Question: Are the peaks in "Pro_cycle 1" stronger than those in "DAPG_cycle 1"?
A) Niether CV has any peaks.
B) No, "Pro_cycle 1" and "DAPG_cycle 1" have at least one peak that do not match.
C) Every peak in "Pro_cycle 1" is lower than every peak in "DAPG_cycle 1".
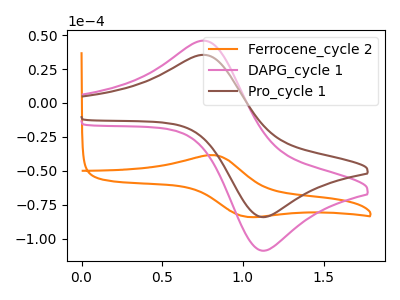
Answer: <think>The orange curve "Ferrocene_cycle 2" has an anodic peak at (0.80V, -38.40uA) and a cathodic peak at (1.00V, -83.70uA). The pink curve "DAPG_cycle 1" has an anodic peak at (0.75V, 45.85uA) and a cathodic peak at (1.15V, -108.70uA). The brown curve "Pro_cycle 1" has an anodic peak at (0.75V, 35.40uA) and a cathodic peak at (1.15V, -84.00uA).</think>
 <answer>C) Every peak in "Pro_cycle 1" is lower than every peak in "DAPG_cycle 1".</answer>
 <eval>C</eval>